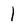
Character: 1